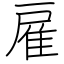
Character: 雇